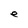
Character: e